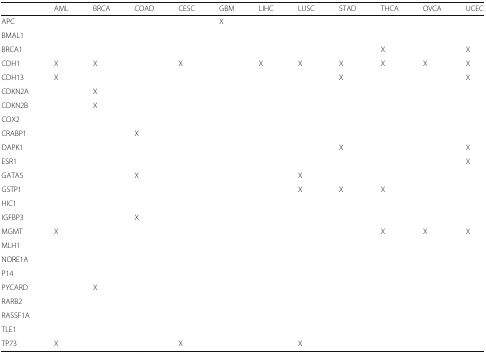
<table><thead><tr><td></td><td><b>AML</b></td><td><b>BRCA</b></td><td><b>COAD</b></td><td><b>CESC</b></td><td><b>GBM</b></td><td><b>LIHC</b></td><td><b>LUSC</b></td><td><b>STAD</b></td><td><b>THCA</b></td><td><b>OVCA</b></td><td><b>UCEC</b></td></tr></thead><tbody><tr><td>APC</td><td></td><td></td><td></td><td></td><td>X</td><td></td><td></td><td></td><td></td><td></td><td></td></tr><tr><td>BMAL1</td><td></td><td></td><td></td><td></td><td></td><td></td><td></td><td></td><td></td><td></td><td></td></tr><tr><td>BRCA1</td><td></td><td></td><td></td><td></td><td></td><td></td><td></td><td></td><td>X</td><td></td><td>X</td></tr><tr><td>CDH1</td><td>X</td><td>X</td><td></td><td>X</td><td></td><td>X</td><td>X</td><td>X</td><td>X</td><td>X</td><td>X</td></tr><tr><td>CDH13</td><td>X</td><td></td><td></td><td></td><td></td><td></td><td></td><td>X</td><td></td><td></td><td>X</td></tr><tr><td>CDKN2A</td><td></td><td>X</td><td></td><td></td><td></td><td></td><td></td><td></td><td></td><td></td><td></td></tr><tr><td>CDKN2B</td><td></td><td>X</td><td></td><td></td><td></td><td></td><td></td><td></td><td></td><td></td><td></td></tr><tr><td>COX2</td><td></td><td></td><td></td><td></td><td></td><td></td><td></td><td></td><td></td><td></td><td></td></tr><tr><td>CRABP1</td><td></td><td></td><td>X</td><td></td><td></td><td></td><td></td><td></td><td></td><td></td><td></td></tr><tr><td>DAPK1</td><td></td><td></td><td></td><td></td><td></td><td></td><td></td><td>X</td><td></td><td></td><td>X</td></tr><tr><td>ESR1</td><td></td><td></td><td></td><td></td><td></td><td></td><td></td><td></td><td></td><td></td><td>X</td></tr><tr><td>GATA5</td><td></td><td></td><td>X</td><td></td><td></td><td></td><td>X</td><td></td><td></td><td></td><td></td></tr><tr><td>GSTP1</td><td></td><td></td><td></td><td></td><td></td><td></td><td>X</td><td>X</td><td>X</td><td></td><td></td></tr><tr><td>HIC1</td><td></td><td></td><td></td><td></td><td></td><td></td><td></td><td></td><td></td><td></td><td></td></tr><tr><td>IGFBP3</td><td></td><td></td><td>X</td><td></td><td></td><td></td><td></td><td></td><td></td><td></td><td></td></tr><tr><td>MGMT</td><td>X</td><td></td><td></td><td></td><td></td><td></td><td></td><td></td><td>X</td><td>X</td><td>X</td></tr><tr><td>MLH1</td><td></td><td></td><td></td><td></td><td></td><td></td><td></td><td></td><td></td><td></td><td></td></tr><tr><td>NORE1A</td><td></td><td></td><td></td><td></td><td></td><td></td><td></td><td></td><td></td><td></td><td></td></tr><tr><td>P14</td><td></td><td></td><td></td><td></td><td></td><td></td><td></td><td></td><td></td><td></td><td></td></tr><tr><td>PYCARD</td><td></td><td>X</td><td></td><td></td><td></td><td></td><td></td><td></td><td></td><td></td><td></td></tr><tr><td>RARB2</td><td></td><td></td><td></td><td></td><td></td><td></td><td></td><td></td><td></td><td></td><td></td></tr><tr><td>RASSF1A</td><td></td><td></td><td></td><td></td><td></td><td></td><td></td><td></td><td></td><td></td><td></td></tr><tr><td>TLE1</td><td></td><td></td><td></td><td></td><td></td><td></td><td></td><td></td><td></td><td></td><td></td></tr><tr><td>TP73</td><td>X</td><td></td><td></td><td>X</td><td></td><td></td><td>X</td><td></td><td></td><td></td><td></td></tr></tbody></table>